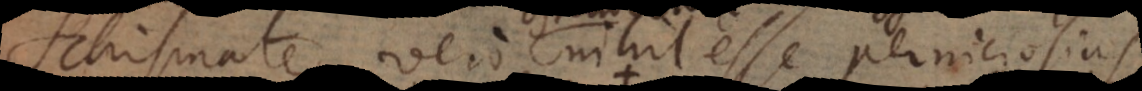
Schismate vero nihil esse perniciosius